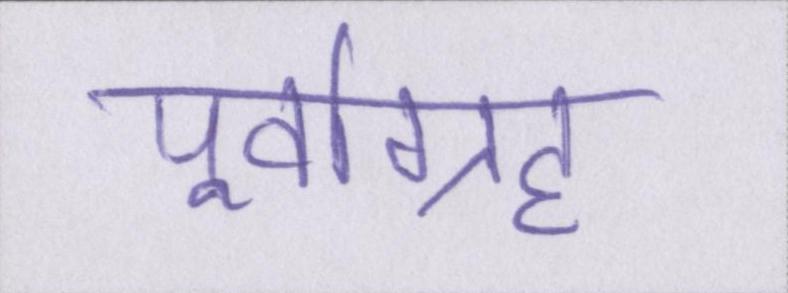
पूर्वाग्रह